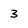
Character: 3